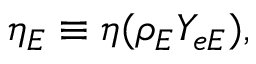
\eta _ { E } \equiv \eta ( \rho _ { E } Y _ { e E } ) ,